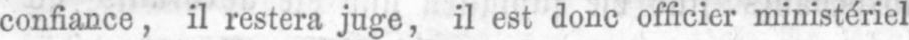
confiance, il restera juge, il est donc officier ministériel